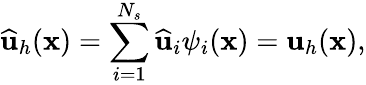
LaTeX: \widehat{\mathbf{u}}_{h}(\mathbf{x})=\sum_{i=1}^{N_{s}}\widehat{\mathbf{u}}_{i}{\psi}_{i}(\mathbf{x})=\mathbf{u}_{h}(\mathbf{x}),